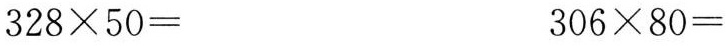
$$3 2 8 \times 5 0 =$$ $$3 0 6 \times 8 0 =$$